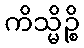
ကိသ္မိဉ္စိ